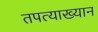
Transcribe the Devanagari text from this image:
तपत्याख्यान